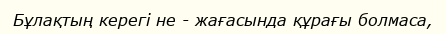
Бұлақтың керегі не - жағасында құрағы болмаса,